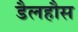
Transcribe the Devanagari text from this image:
डैलहौस